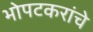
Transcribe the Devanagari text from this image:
भोपटकरांचे